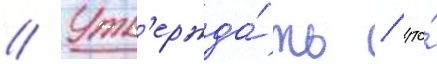
// Утв'ержда́ть / что́